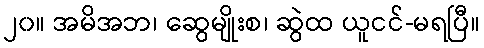
၂၀။ အမိအဘ၊ ဆွေမျိုးစ၊ ဆွဲထ ယူငင်-မရပြီ။